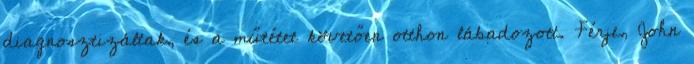
diagnosztizáltak, és a műtétet követően otthon lábadozott. Férje, John